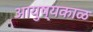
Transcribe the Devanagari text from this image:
आयुष्यकाळ